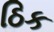
ઠિક